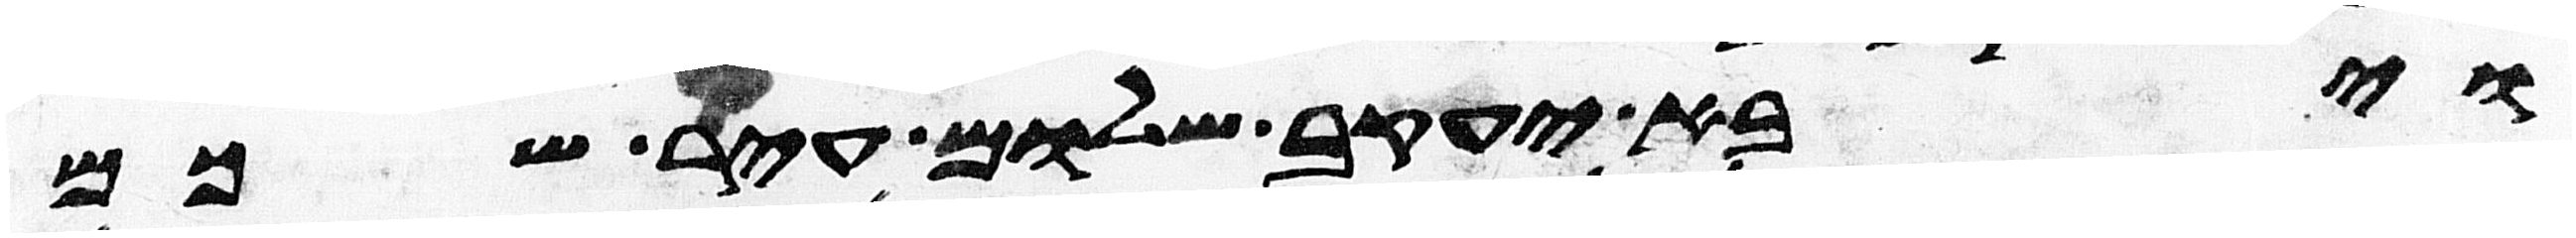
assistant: ויבא יעקב שלום עיר שכם